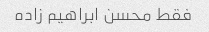
فقط محسن ابراهیم زاده